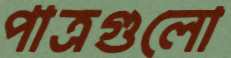
পাত্রগুলো